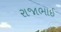
રાજાભાઈ